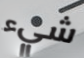
شيء